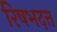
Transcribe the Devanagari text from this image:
रिषभदत्त